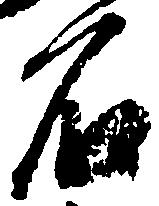
石